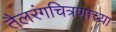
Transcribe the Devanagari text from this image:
तैलरंगचित्रणाच्या